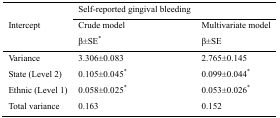
<table><thead><tr><td rowspan="3"><b>Intercept</b></td><td><b>Self-reported gingival bleeding</b></td></tr><tr><td><b>Crude model β±SE<sup>*</sup></b></td><td><b>Multivariate model β±SE</b></td></tr></thead><tbody><tr><td>Variance</td><td>3.306±0.083</td><td>2.765±0.145</td></tr><tr><td>State (Level 2)</td><td>0.105±0.045<sup>*</sup></td><td>0.099±0.044<sup>*</sup></td></tr><tr><td>Ethnic (Level 1)</td><td>0.058±0.025<sup>*</sup></td><td>0.053±0.026<sup>*</sup></td></tr><tr><td>Total variance</td><td>0.163</td><td>0.152</td></tr></tbody></table>